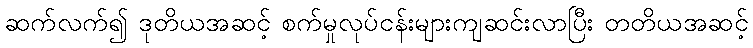
ဆက်လက်၍ ဒုတိယအဆင့် စက်မှုလုပ်ငန်းများကျဆင်းလာပြီး တတိယအဆင့်